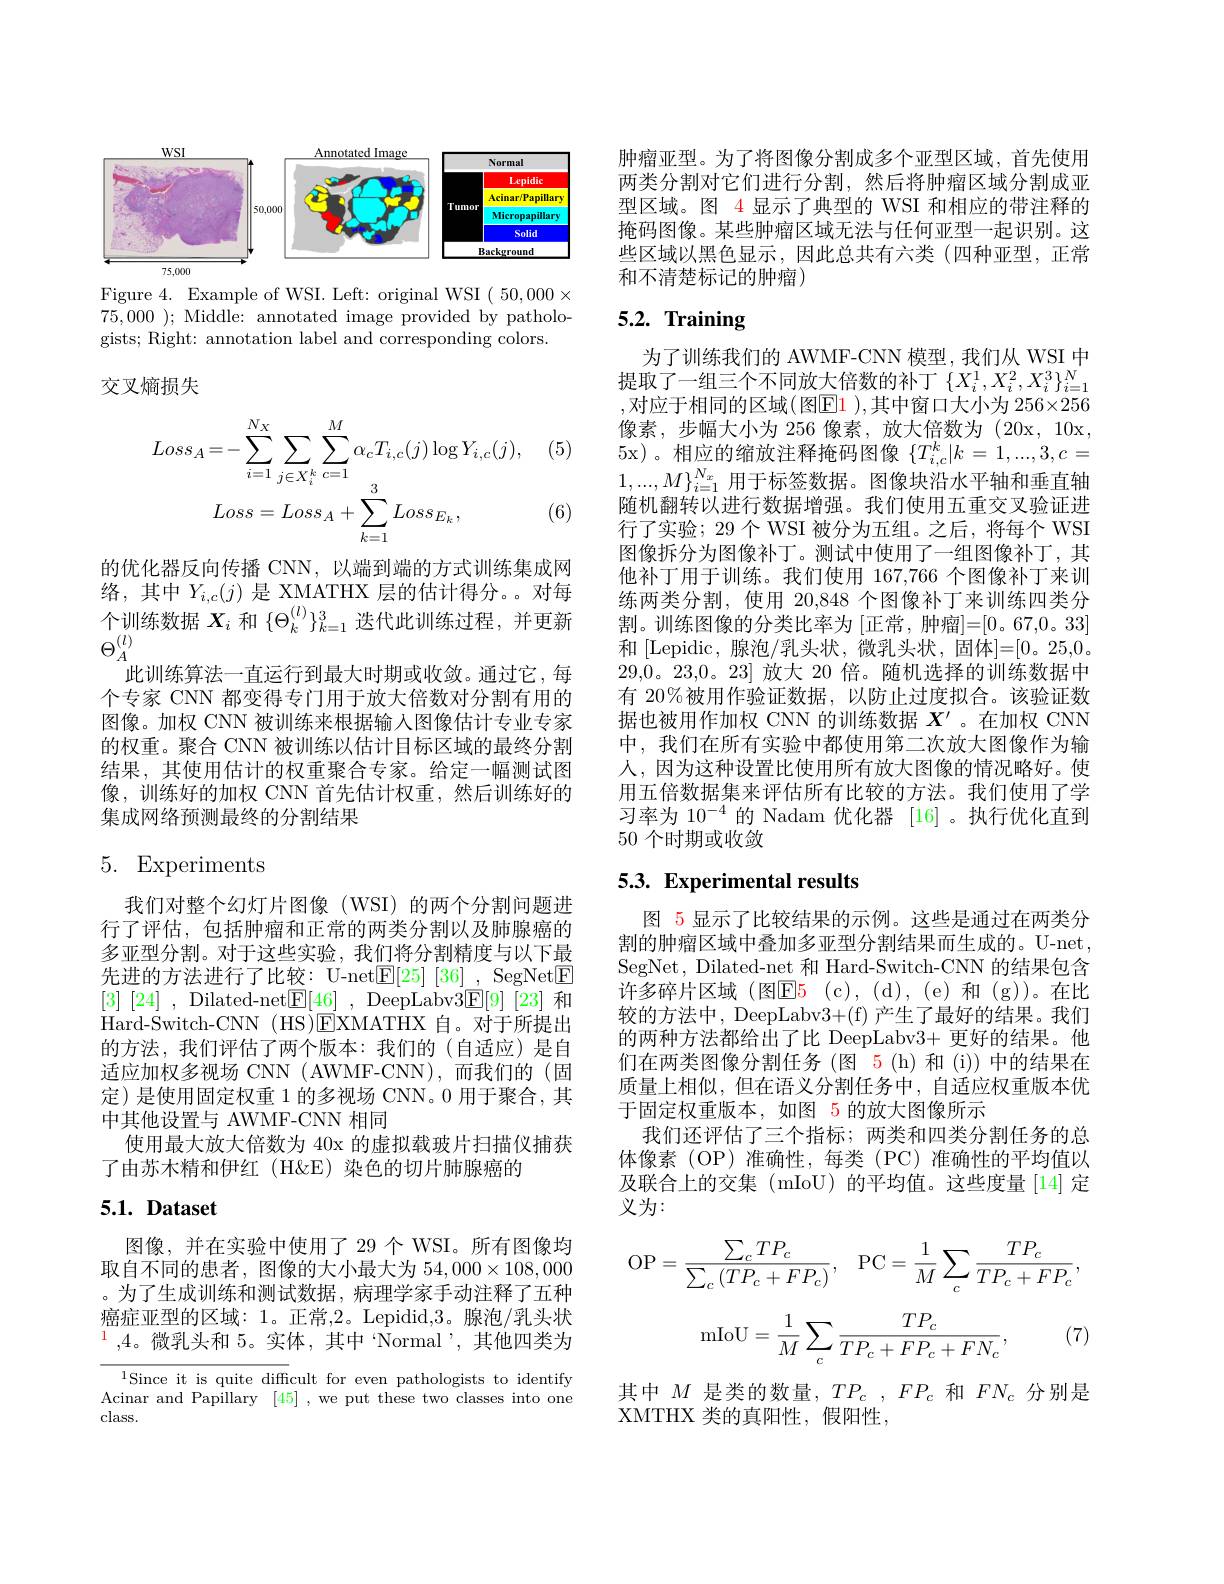
<FigureHere>

Figure 4. Example of WSI. Left: original WSI $(50,000\times$ 75,000 ); Middle: annotated image provided by pathologists; Right: annotation label and corresponding colors.

交叉熵损失

(5
$$Loss_{A}=-\sum_{i=1}^{N_{X}}\sum_{j\in X_{i}^{k}}\sum_{c=1}^{M}\alpha_{c}T_{i,c}(j)\log Y_{i,c}(j),\\Loss=Loss_{A}+\sum_{k=1}^{3}Loss_{E_{k}},$$
(6)

的优化器反向传播 CNN,以端到端的方式训练集成网络，其中$Y_{i,c}(j)$是 XMATHX 层的估计得分。。对每个训练数据$X_i$和$\{\Theta_k^{(l)}\}_{k=1}^3$迭代此训练过程，并更新$\Theta_{A}^{(l)}$
此训练算法一直运行到最大时期或收敛。通过它，每个专家 CNN 都变得专门用于放大倍数对分割有用的图像。加权 CNN 被训练来根据输入图像估计专业专家的权重。聚合 CNN 被训练以估计目标区域的最终分割结果，其使用估计的权重聚合专家。给定一幅测试图像，训练好的加权 CNN 首先估计权重，然后训练好的集成网络预测最终的分割结果

# 5. Experiments

我们对整个幻灯片图像(WSI)的两个分割问题进行了评估，包括肿瘤和正常的两类分割以及肺腺癌的多亚型分割。对于这些实验，我们将分割精度与以下最先进的方法进行了比较：U-net$\underline{\mathrm{E}}[25]$ [36] , SegNet[F] [3] [24] , Dilated-net$\boxed{\mathrm{F} }[ 46]$ , DeepLabv$3\boxed{\mathrm{F} }[ 9]$ [23]和Hard-Switch-CNN (HS)EXMATHX 自。对于所提出的方法，我们评估了两个版本：我们的(自适应)是自适应加权多视场 CNN (AWMF-CNN),而我们的(固定)是使用固定权重 1 的多视场 CNN。0 用于聚合，其中其他设置与 AWMF-CNN 相同
使用最大放大倍数为 40x 的虚拟载玻片扫描仪捕获
了由苏木精和伊红(H&E) 染色的切片肺腺癌的

## $5. 1. \textbf{Dataset}$

图像，并在实验中使用了29个WSI。所有图像均取自不同的患者，图像的大小最大为 54,000×108,000 。为了生成训练和测试数据，病理学家手动注释了五种癌症亚型的区域：1。正常，2。Lepidid,3。腺泡/乳头状$^1,4$。微乳头和 5。实体，其中“Normal’,其他四类为

$^{1}$Since it is quite difficult for even pathologists to identify Acinar and Papillary [45] ,we put these two classes into one class.

肿瘤亚型。为了将图像分割成多个亚型区域，首先使用两类分割对它们进行分割，然后将肿瘤区域分割成亚型区域。图 4 显示了典型的 WSI 和相应的带注释的掩码图像。某些肿瘤区域无法与任何亚型一起识别。这些区域以黑色显示，因此总共有六类(四种亚型，正常和不清楚标记的肿瘤)

# 5.2. Training

为了训练我们的 AWMF-CNN 模型，我们从 WSI 中提取了一组三个不同放大倍数的补丁$\{X_i^1,X_i^2,X_i^3\}_{i=1}^N$ ,对应于相同的区域(图$\color{red}{\operatorname*{E}}\color{red}{1})$,其中窗口大小为 $256\times256$ 像素，步幅大小为 256 像素，放大倍数为 (20x,10x, 5x)。相应的缩放注释掩码图像$\{T_{i,c}^k|k=1,...,3,c=$ $1,...,M\}_{i=1}^{N_x}$用于标签数据。图像块沿水平轴和垂直轴随机翻转以进行数据增强。我们使用五重交叉验证进行了实验；29 个 WSI 被分为五组。之后，将每个 WSI 图像拆分为图像补丁。测试中使用了一组图像补丁，其他补丁用于训练。我们使用 167,766 个图像补丁来训练两类分割，使用 20,848 个图像补丁来训练四类分割。训练图像的分类比率为 [正常，肿瘤]=[0。67,0。33] 和 [Lepidic,腺泡/乳头状，微乳头状，固体]=[0。25,0。29,0。23,0。23]放大 20 倍。随机选择的训练数据中有 20%被用作验证数据，以防止过度拟合。该验证数据也被用作加权 CNN 的训练数据$X^{\prime}$ 。在加权 CNN 中，我们在所有实验中都使用第二次放大图像作为输人，因为这种设置比使用所有放大图像的情况略好。使用五倍数据集来评估所有比较的方法。我们使用了学习率为 10$^{-4}$的 Nadam 优化器 [16]。执行优化直到50 个时期或收敛

## 5.3. Experimental results

图 5 显示了比较结果的示例。这些是通过在两类分割的肿瘤区域中叠加多亚型分割结果而生成的。U-net , SegNet, Dilated-net 和 Hard-Switch-CNN 的结果包含许多碎片区域(图E5(c),(d),(e)和(g))。在比较的方法中，DeepLabv3+(f) 产生了最好的结果。我们的两种方法都给出了比 DeepLabv3+ 更好的结果。他们在两类图像分割任务 (图 5 (h) 和 (i)) 中的结果在质量上相似，但在语义分割任务中，自适应权重版本优于固定权重版本，如图 5 的放大图像所示
我们还评估了三个指标；两类和四类分割任务的总体像素(OP)准确性，每类(PC)准确性的平均值以及联合上的交集 (mIoU) 的平均值。这些度量[14] 定义为：
$$\mathrm{OP}=\frac{\sum_cTP_c}{\sum_c\left(TP_c+FP_c\right)},\quad\mathrm{PC}=\frac{1}{M}\sum_c\frac{TP_c}{TP_c+FP_c},$$
$$\mathrm{mIoU}=\frac{1}{M}\sum_{c}\frac{TP_{c}}{TP_{c}+FP_{c}+FN_{c}},$$
(7)

其中$M$是类的数量，$TP_c,FP_c$和$FN_c$分别是
XMTHX 类的真阳性，假阳性，